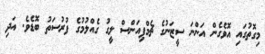
މިގޮތުގައި އޮވެގެން އަންނަ ސީޒަނުގެ ޗެމްޕިއަންސް ލީގު ގެއްލުމުގެ ފުރުސަތު ބޮޑެވެ. އަދި